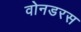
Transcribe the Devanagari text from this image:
वोनडरस